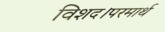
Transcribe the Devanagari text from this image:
विशद।परमार्थ